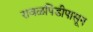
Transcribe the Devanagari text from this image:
रावळपिंडीपासून